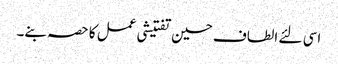
اسی لئے الطاف حسین تفتیشی عمل کا حصہ بنے۔